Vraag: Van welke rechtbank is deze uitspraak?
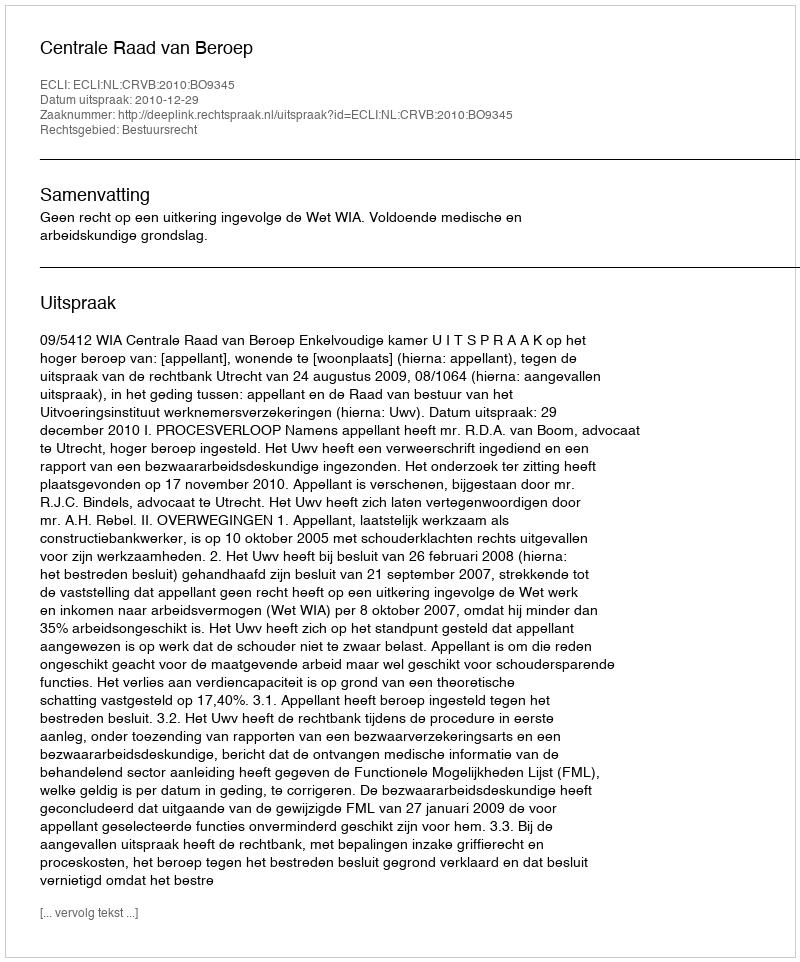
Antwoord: Centrale Raad van Beroep